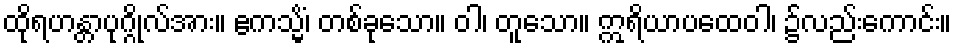
ထိုရဟန္တာပုဂ္ဂိုလ်အား။ ဧကသ္မိံ၊ တစ်ခုသော။ ဝါ၊ တူသော။ ဣရိယာပထေဝါ၊ ၌လည်းကောင်း။